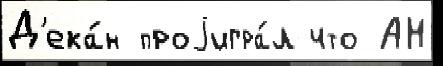
Д'ека́н проjигра́л что АН